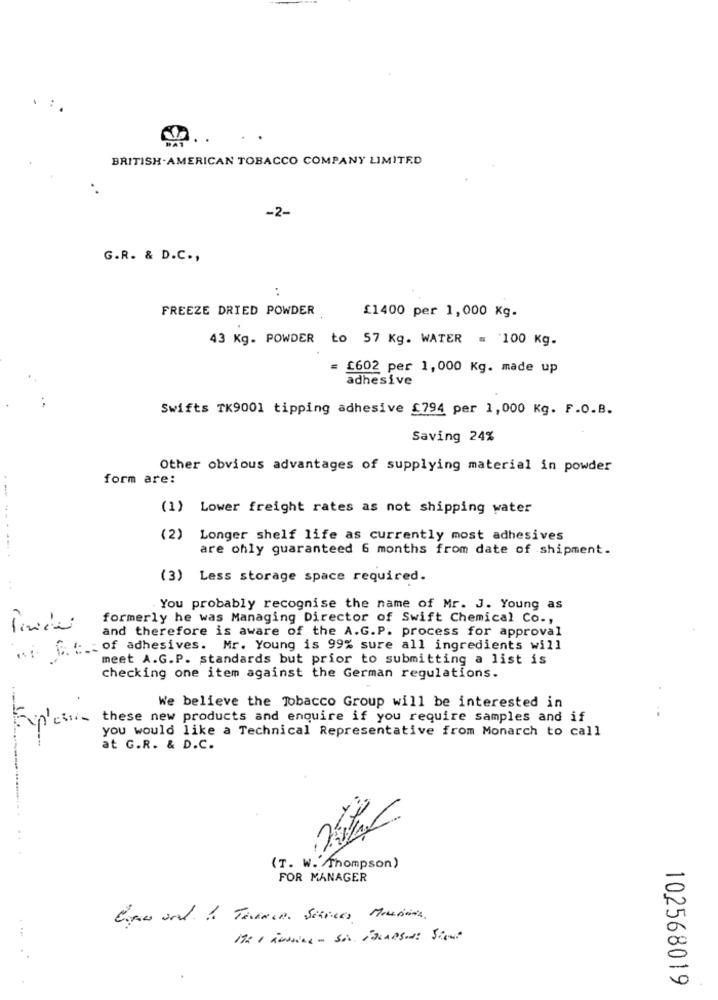
.
BRITISH AMERICAN TOBACCO COMPANY LIMITED
-2-
G.R. & D.C .,
..
FREEZE DRIED POWDER
£1400 per 1,000 Kg.
43 Kg. POWDER to 57 Kg. WATER = 100 Kg.
£602 per 1,000 Kg. made up
adhesive
Swifts TK9001 tipping adhesive £794 per 1,000 Kg. F.O.B.
Saving 24%
Other obvious advantages of supplying material in powder
form are:
(1)
Lower freight rates as not shipping water
(2) Longer shelf life as currently most adhesives
are ohly guaranteed 6 months from date of shipment.
(3) Less storage space required.
You probably recognise the name of Mr. J. Young as
formerly he was Managing Director of Swift Chemical Co .,
and therefore is aware of the A.G.P. process for approval
.... G. "_ of adhesives. Mr. Young is 99% sure all ingredients will
meet A.G.P. standards but prior to submitting a list is
checking one item against the German regulations.
We believe the Tobacco Group will be interested in
Explosion these new products and enquire if you require samples and if
you would like a Technical Representative from Monarch to call
at G.R. & D.C.
...
(T. W. Thompson)
FOR MANAGER
0
0
102568019